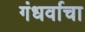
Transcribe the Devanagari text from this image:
गंधर्वाचा